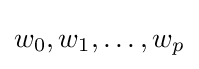
w_{0},w_{1},\dots ,w_{p}